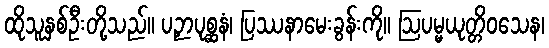
ထိုသူနှစ်ဦးတို့သည်။ ပဉှာပုစ္ဆနံ၊ ပြဿနာမေးခွန်းကို။ ဩပမ္မယုတ္တိဝသေန၊